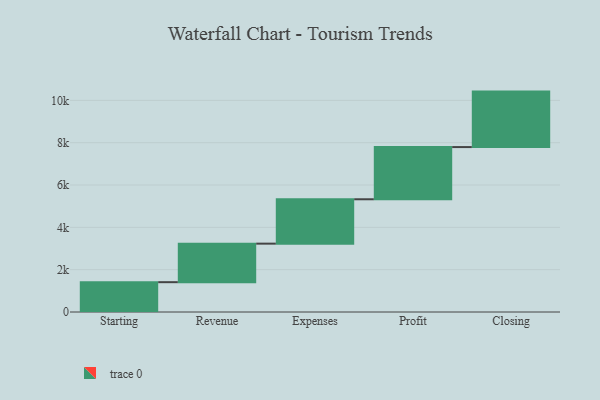
{"axis": {"x": "Step", "y": "Value"}, "legend": [""], "data": [{"x": "Starting", "y": 1409.0, "type": ""}, {"x": "Revenue", "y": 1821.0, "type": ""}, {"x": "Expenses", "y": 2097.0, "type": ""}, {"x": "Profit", "y": 2467.0, "type": ""}, {"x": "Closing", "y": 2621.0, "type": ""}]}